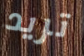
تريد